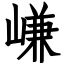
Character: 嵰